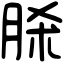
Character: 脎